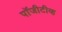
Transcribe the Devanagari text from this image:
पॉजीटीव्ह